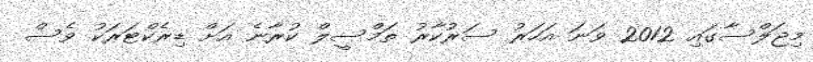
މިޖަލްސާގައި 2012 ވަނަ އަހަރު ސަރުކާރު ތަމްސީލް ކުރާނެ އަށް ޑިރެކްޓަރަކު ވެސް